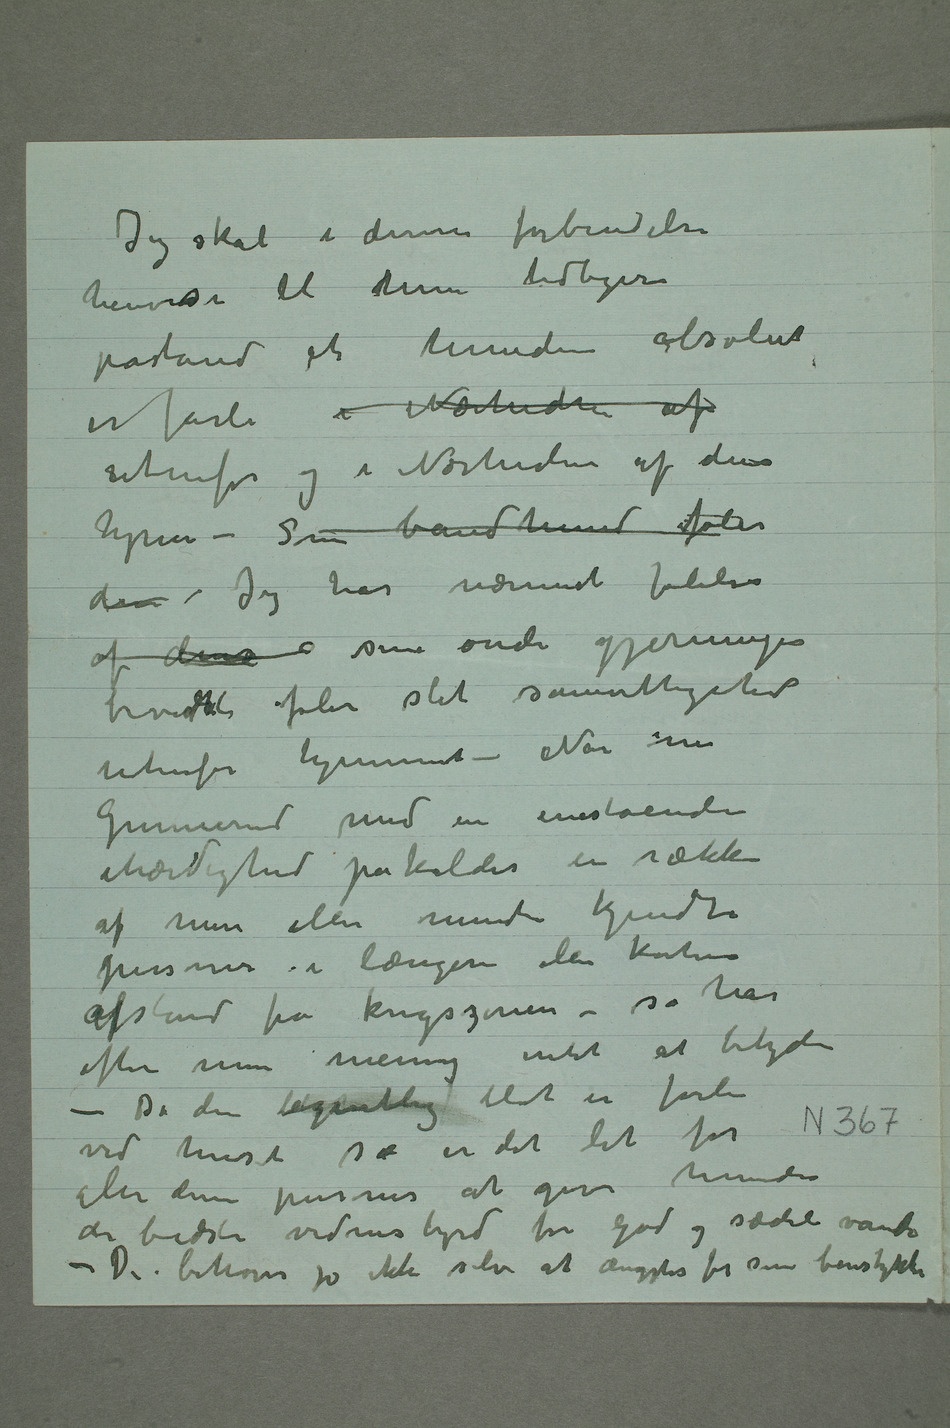
Jeg skal i denne forbindelse
henvise til min tidligere
påstand at hunden absolut
er farli i Nærheden af
utenfor og i Nærheden af dens
hjem – Som bandhund føler
den – Jeg har nærmest følelsen
af dens  sine onde gjerninger
utenfor hjemmet – Når nu
Gunnerud med en enestående
ihærdighed påkalder en række
af mer eller mindre kjendte
personer i længere eller kortere
efter min mening intet at betyde
– Da den egentlig blot er farli
alle disse personer at give hunden
de bedste vidnesbyrd for god og sædeli vandel
– De behøver jo ikke selv at ængstes for sine benstykker